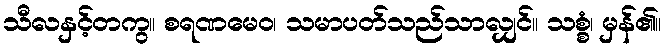
သီလနှင့်တကွ။ စရဏမေဝ၊ သမာပတ်သည်သာလျှင်။ သစ္စံ၊ မှန်၏။